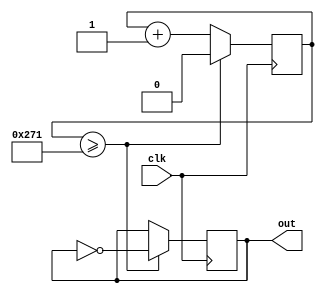
`timescale 1ns / 1ps
//////////////////////////////////////////////////////////////////////////////////
// Company: 
// Engineer: 
// 
// Design Name: 
// Module Name:    clk625 
// Project Name: 
// Target Devices: 
// Tool versions: 
// Description: 
//
// Dependencies: 
//
// Revision: 
// Revision 0.01 - File Created
// Additional Comments: 
//
//////////////////////////////////////////////////////////////////////////////////
module clk625(
    input clk,
    output reg out
    );
	 reg q;


always @ (posedge clk)
				if (q>=625)
					begin
					q<=0;
					out=~out;
					end
				else
				q<=q+1;


endmodule